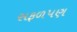
સફળપણ